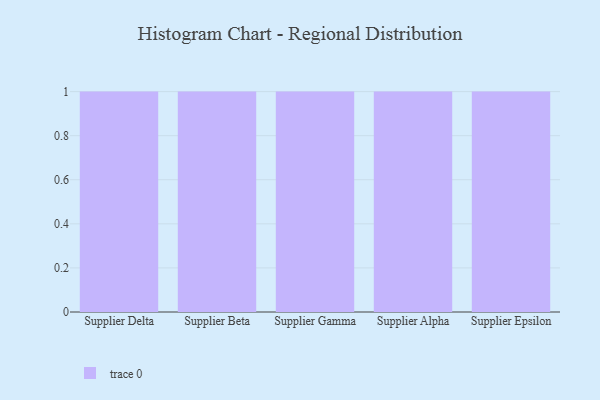
{"axis": {"x": "Supplier", "y": "Page Views"}, "legend": [""], "data": [{"x": "Supplier Delta", "y": 17, "type": ""}, {"x": "Supplier Beta", "y": 38, "type": ""}, {"x": "Supplier Gamma", "y": 50, "type": ""}, {"x": "Supplier Alpha", "y": 16, "type": ""}, {"x": "Supplier Epsilon", "y": 99, "type": ""}]}